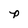
Character: p